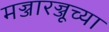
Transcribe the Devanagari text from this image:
मज्जारज्जूच्या